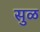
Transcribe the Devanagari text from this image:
सुळ